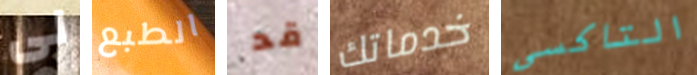
لى الطبع قد خدماتك التاكسي